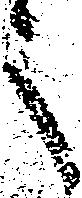
之